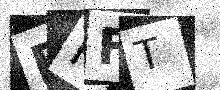
Text: FPFT